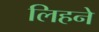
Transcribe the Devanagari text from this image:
लिहने